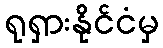
ရုရှားနိုင်ငံမှ